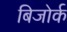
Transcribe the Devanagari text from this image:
बिजोर्क